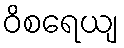
ဝိစရေယျ